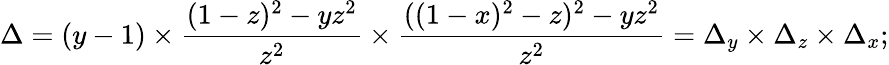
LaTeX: \Delta=(y-1)\times{\frac{(1-z)^{2}-yz^{2}}{z^{2}}}\times{\frac{((1-x)^{2}-z)^{2}-yz^{2}}{z^{2}}}=\Delta_{y}\times\Delta_{z}\times\Delta_{x};